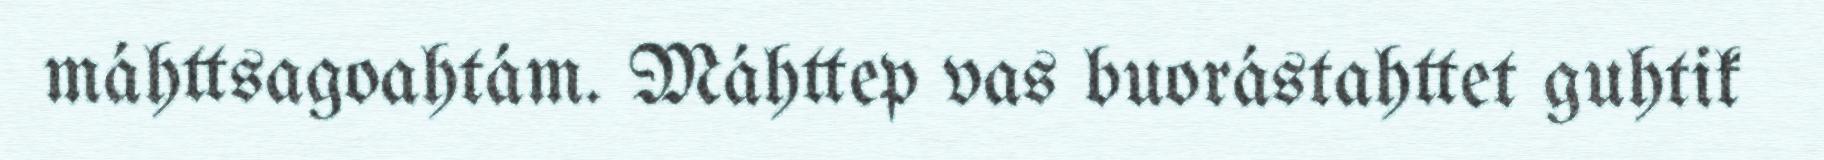
máhttsagoahtám. Máhttep vas buorástahttet guhtik